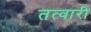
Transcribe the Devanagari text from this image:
तत्वारी